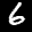
Label: 6